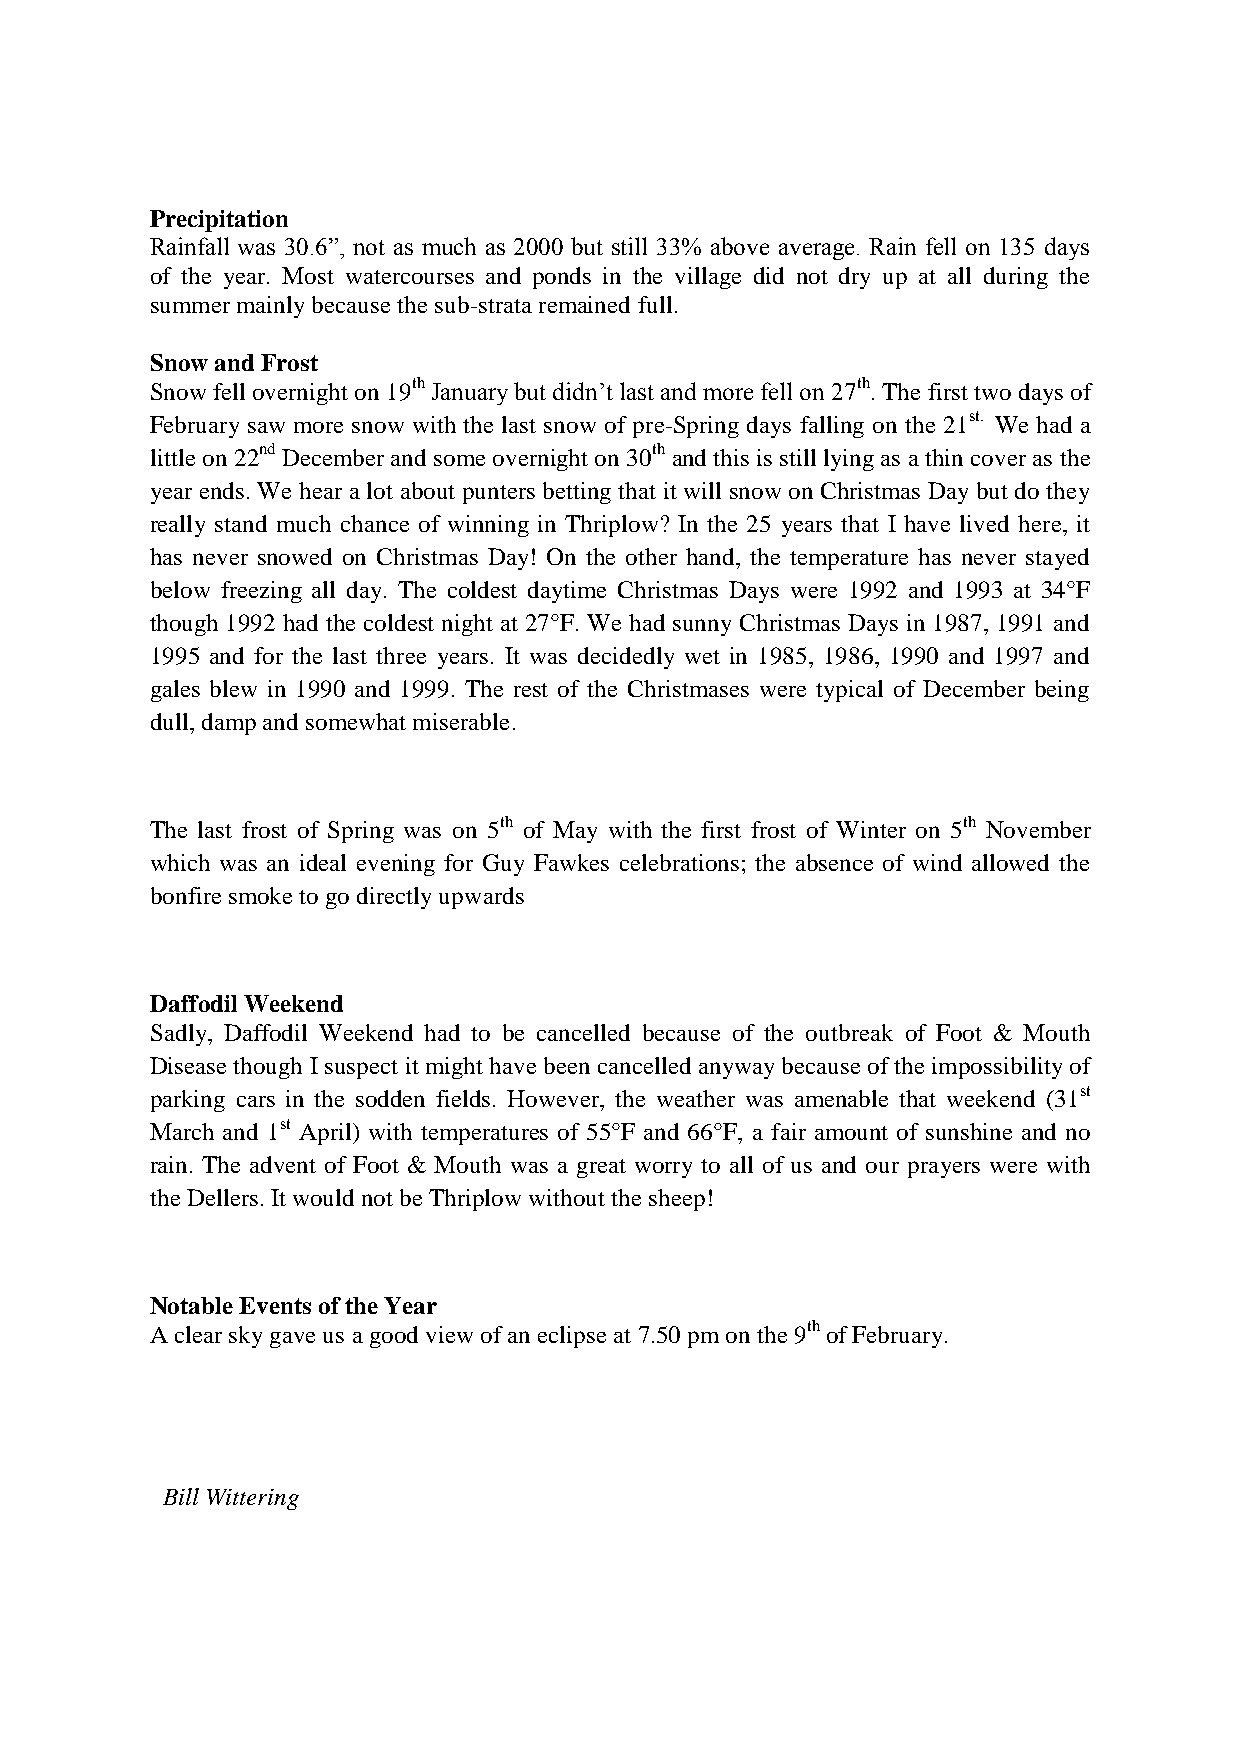
Precipitation
 Rainfall was 30.6”, not as much as 2000 but still 33% above average. Rain fell on 135 days
 of the year. Most watercourses and ponds in the village did not dry up at all during the
 summer mainly because the sub-strata remained full.
 Snow and Frost
 Snow fell overnight on 19th January but didn’t last and more fell on 27th. The first two days of
 February saw more snow with the last snow of pre-Spring days falling on the 21st. We had a
 little on 22nd December and some overnight on 30th and this is still lying as a thin cover as the
 year ends. We hear a lot about punters betting that it will snow on Christmas Day but do they
 really stand much chance of winning in Thriplow? In the 25 years that I have lived here, it
 has never snowed on Christmas Day! On the other hand, the temperature has never stayed
 below freezing all day. The coldest daytime Christmas Days were 1992 and 1993 at 34°F
 though 1992 had the coldest night at 27°F. We had sunny Christmas Days in 1987, 1991 and
 1995 and for the last three years. It was decidedly wet in 1985, 1986, 1990 and 1997 and
 gales blew in 1990 and 1999. The rest of the Christmases were typical of December being
 dull, damp and somewhat miserable.
 The last frost of Spring was on 5th of May with the first frost of Winter on 5th November
 which was an ideal evening for Guy Fawkes celebrations; the absence of wind allowed the
 bonfire smoke to go directly upwards
 Daffodil Weekend
 Sadly, Daffodil Weekend had to be cancelled because of the outbreak of Foot & Mouth
 Disease though I suspect it might have been cancelled anyway because of the impossibility of
 parking cars in the sodden fields. However, the weather was amenable that weekend (31st
 March and 1st April) with temperatures of 55°F and 66°F, a fair amount of sunshine and no
 rain. The advent of Foot & Mouth was a great worry to all of us and our prayers were with
 the Dellers. It would not be Thriplow without the sheep!
 Notable Events of the Year
 A clear sky gave us a good view of an eclipse at 7.50 pm on the 9th of February.
 Bill Wittering